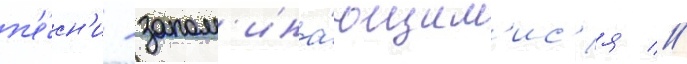
п'е́сн'и - запом'ина́ющим'ис'я //